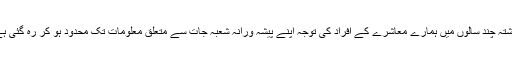
گذشتہ چند سالوں میں ہمارے معاشرے کے افراد کی توجہ اپنے پیشہ ورانہ شعبہ جات سے متعلق معلومات تک محدود ہو کر رہ گئی ہے۔